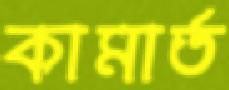
কামার্ত